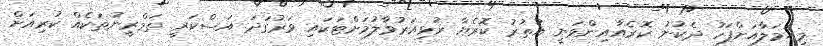
މިޙަމަލާއަށްފަހު ދެކުނު ކޮރެއާއިންވަނީ އުތުރު ކޮރެޔާ ރުޅިއަރުވާލުމަށްޓަކައި ވަރުގަދަ އަސްކަރީ ތަމްރީނުތަކެއް ކުރިއަށް